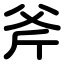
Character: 斧